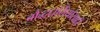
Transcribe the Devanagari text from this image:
बौद्धधर्मियांसाठी